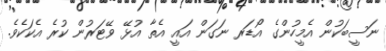
ނަސީބަކުން އެމީހުންގެ އޯޑަރ ނަގަން އައީ އެތާ އުޅޭ ވޭޓަރުން ކުރެ އެކަކެވެ.